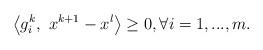
LaTeX: \begin{align*}\left\langle g_i^k ,\ x^{k+1} -x^l\right\rangle \geq 0, \forall i=1,...,m.\end{align*}